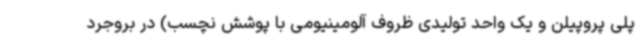
پلی پروپیلن و یک واحد تولیدی ظروف آلومینیومی با پوشش نچسب) در بروجرد